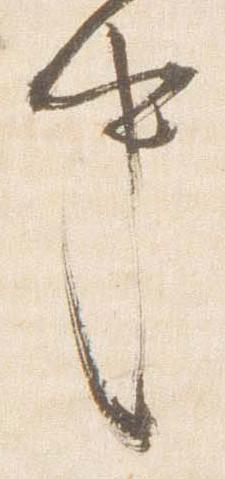
中